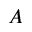
A